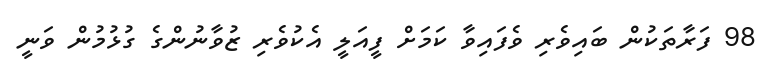
98 ފަރާތަކުން ބައިވެރި ވެފައިވާ ކަމަށް ފީއަލީ އެކުވެރި ޒުވާނުންގެ ގުޅުމުން ވަނީ